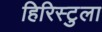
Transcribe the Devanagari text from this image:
हिरिस्टुला